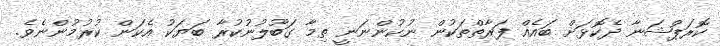
ކޮރަޕްޝަނާ ދެކޮޅަށް ބައެއް ފަރާތްތަކުން ނުކުންނަނީ ތިމާ ގަބޫލުނުކުރާ ބަޔަކު އެކަން ކުރުމުންނެވެ.